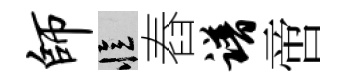
师忆舂谱啻